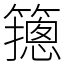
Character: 䉥